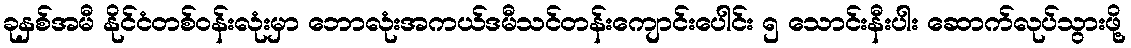
ခုနှစ်အမီ နိုင်ငံတစ်ဝန်းလုံးမှာ ဘောလုံးအကယ်ဒမီသင်တန်းကျောင်းပေါင်း ၅ သောင်းနီးပါး ဆောက်လုပ်သွားဖို့